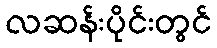
လဆန်းပိုင်းတွင်